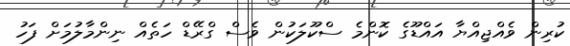
ކުރިން ވެއްޖިއްޔާ އައްޑޫގެ ކޮންމެ ސްކޫލަކުން ވެސް ގްރޭޑް ހަތެއް ނިންމާލުމަށް ފަހު